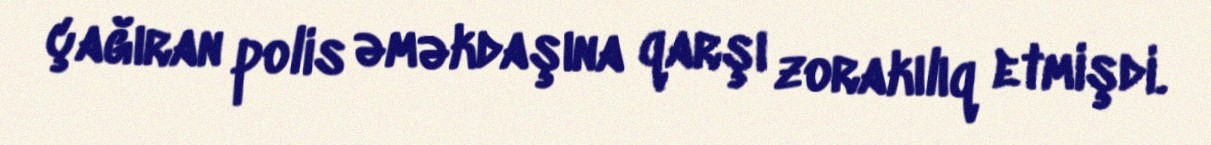
çağıran polis əməkdaşına qarşı zorakılıq etmişdi.